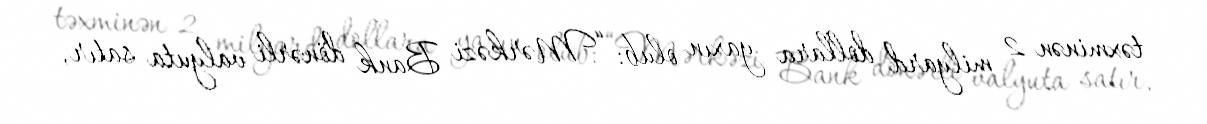
təxminən 2 milyard dollara yaxın olub: “Mərkəzi Bank dönərli valyuta satır,